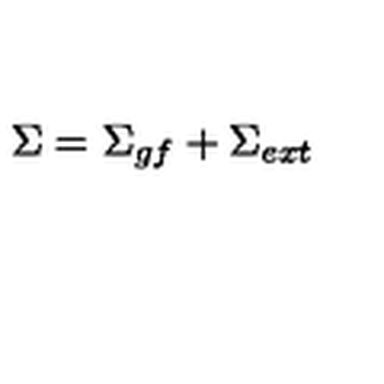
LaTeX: \Sigma = \Sigma _ { g f } + \Sigma _ { e x t }